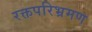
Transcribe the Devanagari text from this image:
रक्तपरिभ्रमण